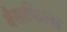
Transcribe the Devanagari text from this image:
बैसाफिल्स